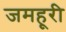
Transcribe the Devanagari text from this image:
जमहूरी